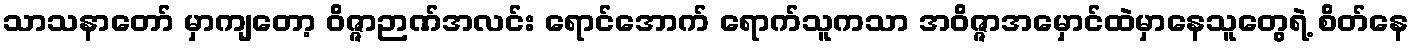
သာသနာတော် မှာကျတော့ ဝိဇ္ဇာဉာဏ်အလင်း ရောင်အောက် ရောက်သူကသာ အဝိဇ္ဇာအမှောင်ထဲမှာနေသူတွေရဲ့ စိတ်နေ